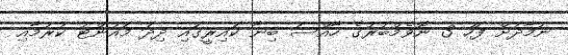
ނަމާދަށް ފަހު 3 ނޮވެމްބަރުގެ ހާއްސަ ބިނާ ކައިރީގައި ދިދަ މައުންޓު ކުރުމާއި